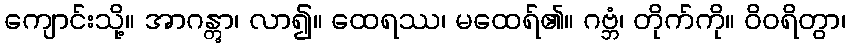
ကျောင်းသို့။ အာဂန္တွာ၊ လာ၍။ ထေရဿ၊ မထေရ်၏။ ဂဗ္ဘံ၊ တိုက်ကို။ ဝိဝရိတွာ၊